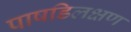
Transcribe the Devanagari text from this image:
पाषडिलक्षण